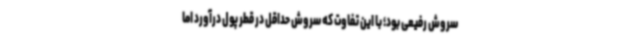
سروش رفیعی بود؛ با این تفاوت که سروش حداقل در قطر پول درآورد اما